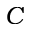
C